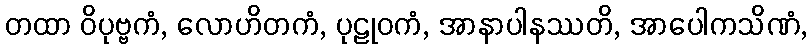
တထာ ဝိပုဗ္ဗကံ, လောဟိတကံ, ပုဠုဝကံ, အာနာပါနဿတိ, အာပေါကသိဏံ,